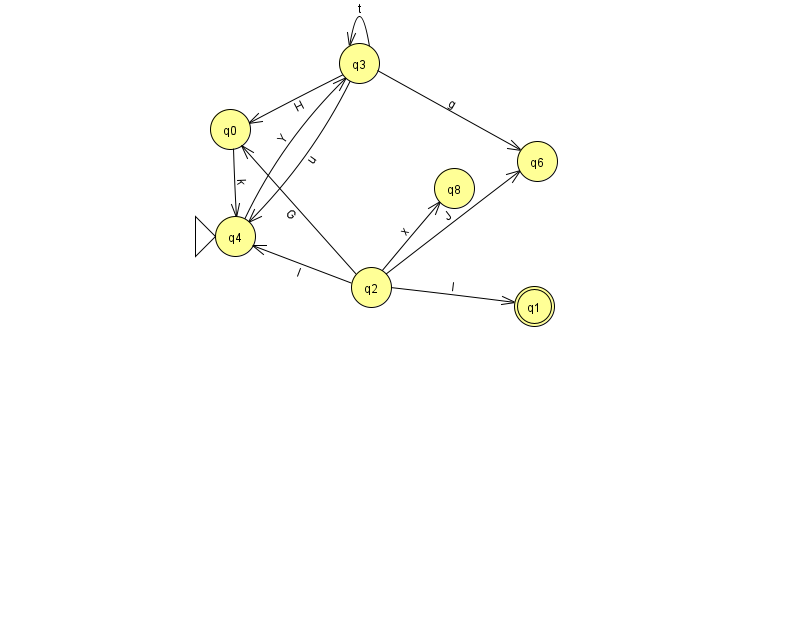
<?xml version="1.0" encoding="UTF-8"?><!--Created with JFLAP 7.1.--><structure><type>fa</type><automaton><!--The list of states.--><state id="0" name="q0"><x>230.0</x><y>116.0</y></state><state id="1" name="q1"><x>534.0</x><y>293.0</y><final/></state><state id="2" name="q2"><x>371.0</x><y>274.0</y></state><state id="3" name="q3"><x>359.0</x><y>50.0</y></state><state id="4" name="q4"><x>235.0</x><y>223.0</y><initial/></state><state id="6" name="q6"><x>537.0</x><y>148.0</y></state><state id="8" name="q8"><x>454.0</x><y>175.0</y></state><!--The list of transitions.--><transition><from>3</from><to>4</to><read>u</read></transition><transition><from>0</from><to>4</to><read>k</read></transition><transition><from>2</from><to>1</to><read>I</read></transition><transition><from>2</from><to>4</to><read>l</read></transition><transition><from>3</from><to>0</to><read>H</read></transition><transition><from>3</from><to>3</to><read>t</read></transition><transition><from>2</from><to>0</to><read>G</read></transition><transition><from>2</from><to>8</to><read>x</read></transition><transition><from>4</from><to>3</to><read>Y</read></transition><transition><from>2</from><to>6</to><read>J</read></transition><transition><from>3</from><to>6</to><read>g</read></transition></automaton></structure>